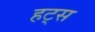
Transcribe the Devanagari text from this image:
हट्स